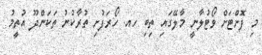
މި ފޮށްޓަށް ވޯޓުލާނީ މާލޭގައި ތިބި ހއ. ހޯރަފުށި ތުރާކުނު ތަކަންދޫ އުތީމު